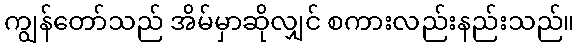
ကျွန်တော်သည် အိမ်မှာဆိုလျှင် စကားလည်းနည်းသည်။